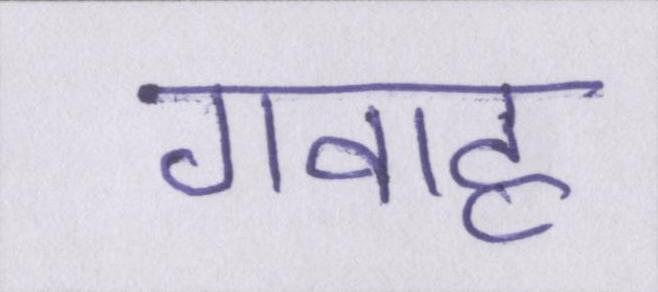
गवाह